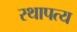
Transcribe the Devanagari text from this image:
रथापत्य